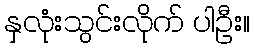
နှလုံးသွင်းလိုက် ပါဦး။